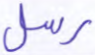
رسل